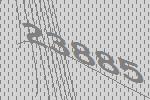
23885